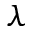
\lambda